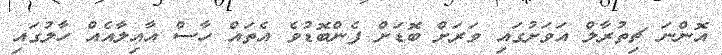
އޮންނަ ޗިތުރާލް އަވަށުގައި ވަރަށް ބޮޑަށް ފެންބޮޑުވެ އެތައް ހާސް އާއިލާއެއް ހާލުގައި